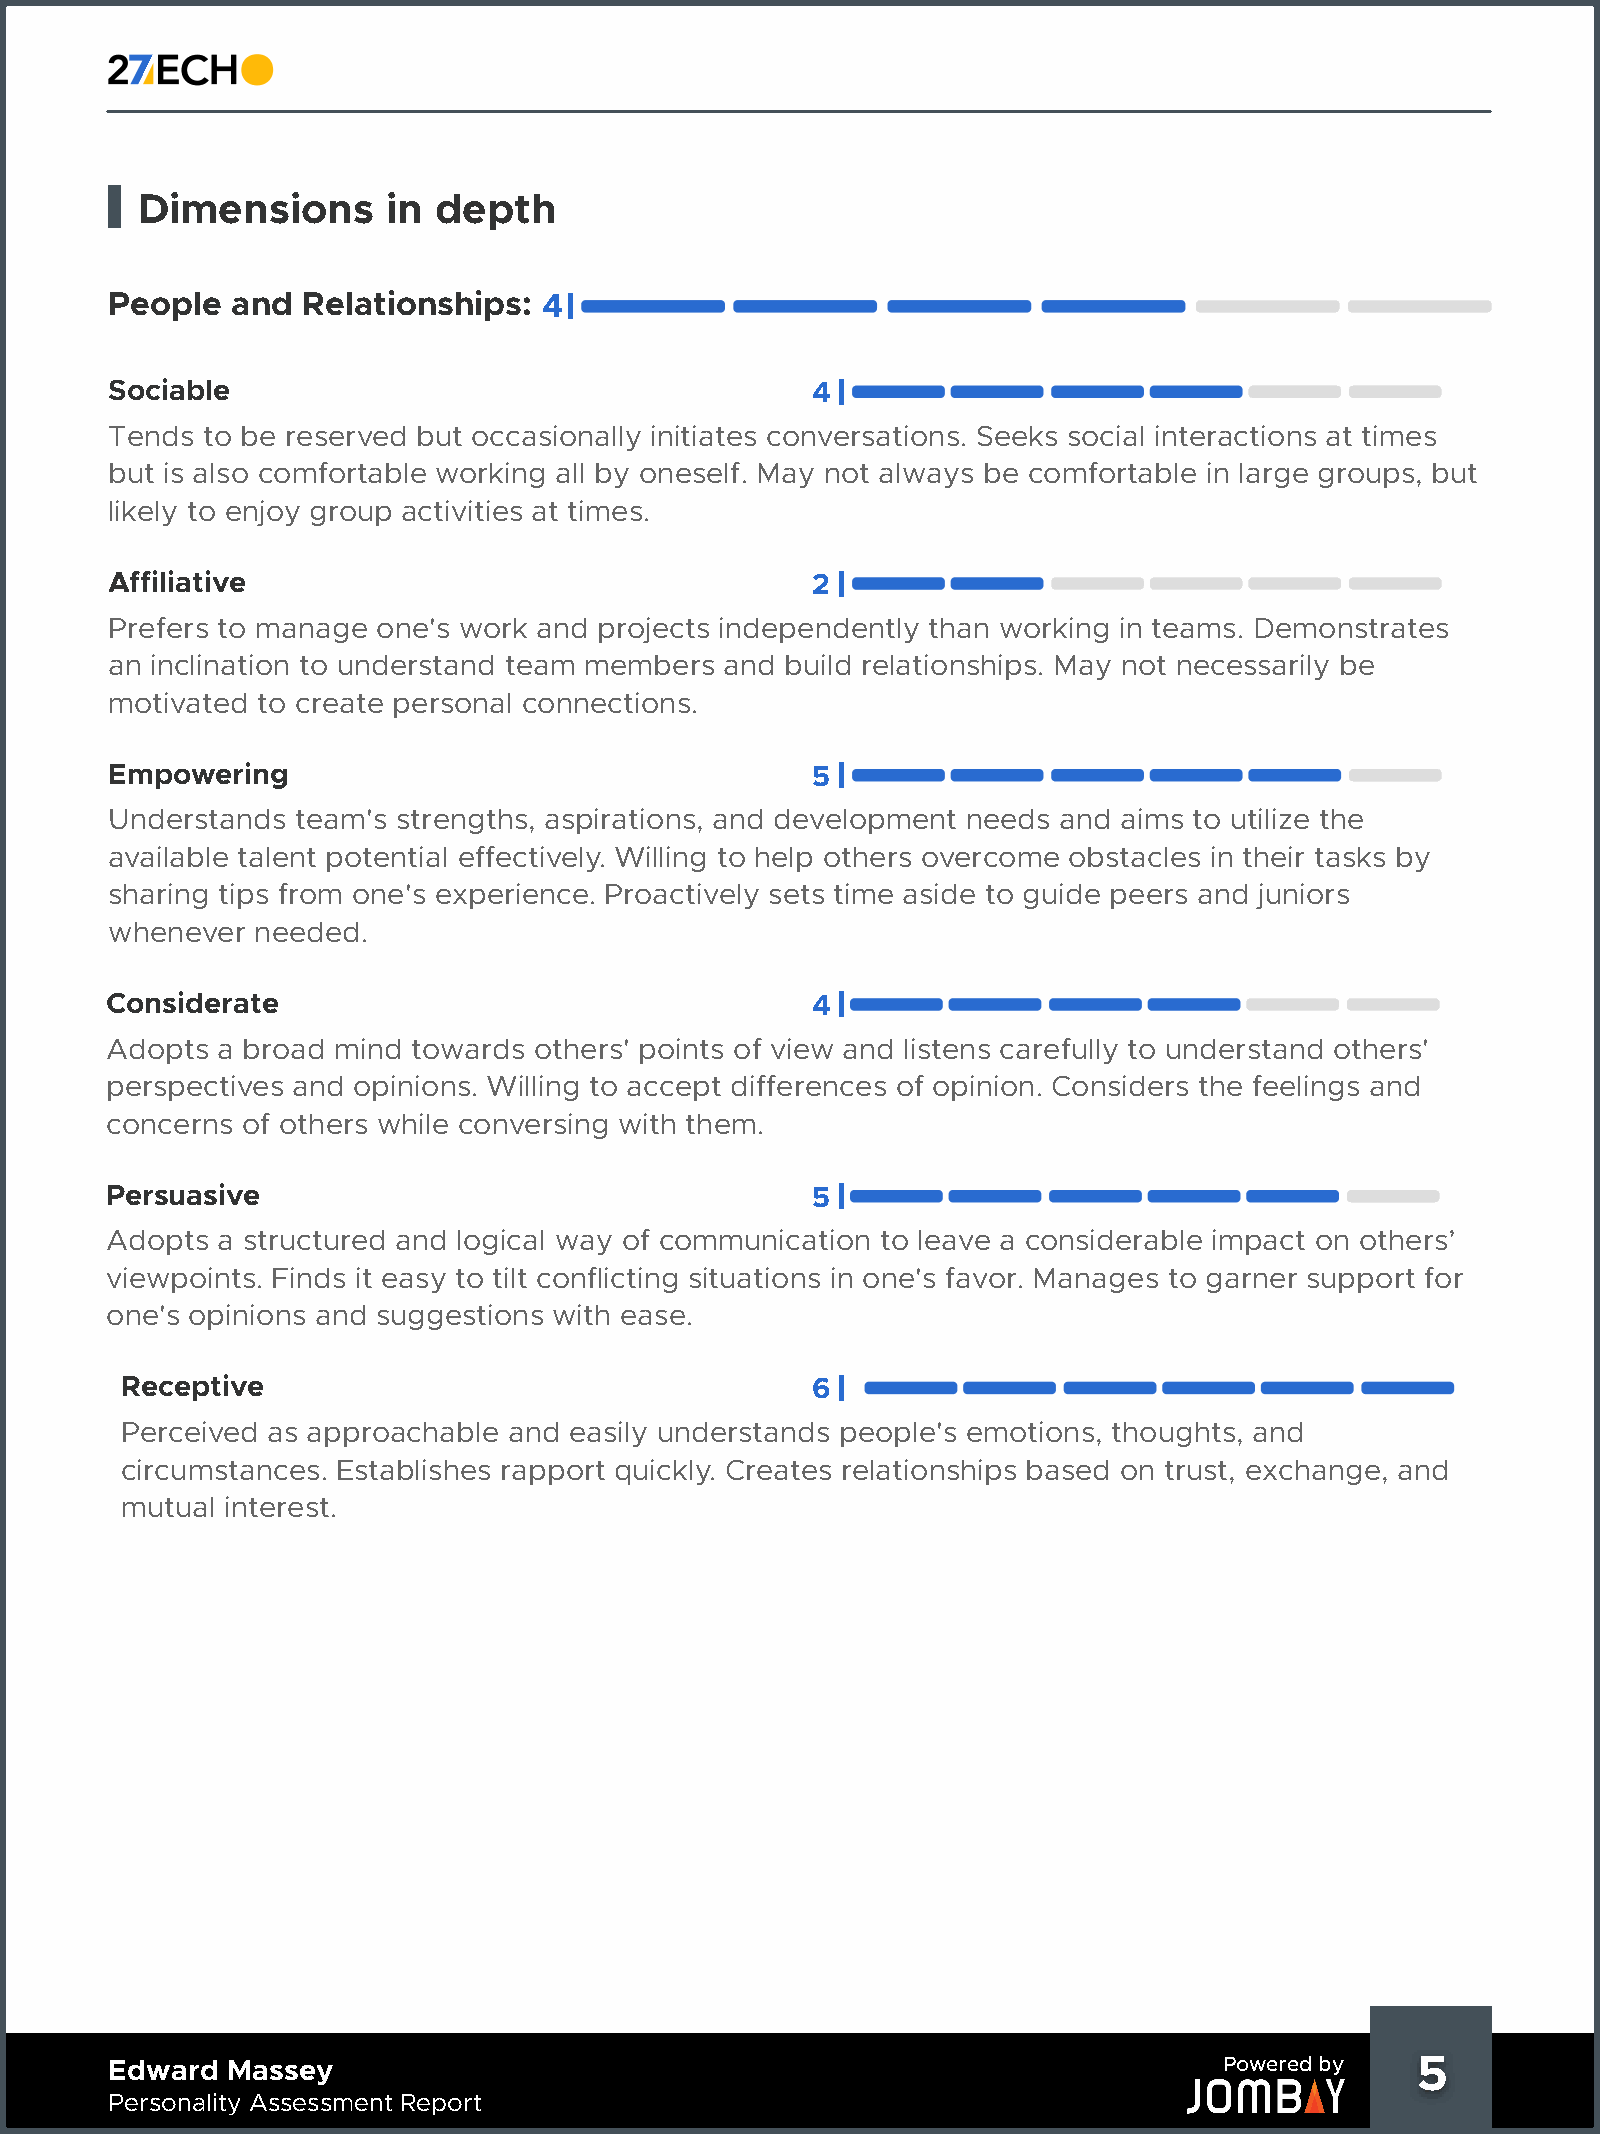
Dimensions       in depth
 People  and  Relationships:  4
 Sociable                                       4
 Tends to be reserved but occasionally initiates conversations. Seeks social interactions at times
 but is also comfortable working all by oneself. May not always be comfortable in large groups, but
 likely to enjoy group activities at times.
 Affiliative                                    2
 Prefers to manage one's work and projects independently than working in teams. Demonstrates
 an inclination to understand team members and build relationships. May not necessarily be
 motivated to create personal connections.
 Empowering                                     5
 Understands  team's strengths, aspirations, and development needs and aims to utilize the
 available talent potential effectively. Willing to help others overcome obstacles in their tasks by
 sharing tips from one's experience. Proactively sets time aside to guide peers and juniors
 whenever  needed.
 Considerate                                    4
 Adopts a broad mind towards others' points of view and listens carefully to understand others'
 perspectives and opinions. Willing to accept differences of opinion. Considers the feelings and
 concerns of others while conversing with them.
 Persuasive                                     5
 Adopts a structured and logical way of communication to leave a considerable impact on others’
 viewpoints. Finds it easy to tilt conflicting situations in one's favor. Manages to garner support for
 one's opinions and suggestions with ease.
 Receptive                                     6
 Perceived as approachable and easily understands people's emotions, thoughts, and
 circumstances. Establishes rapport quickly. Creates relationships based on trust, exchange, and
 mutual interest.
 Edward  Massey                                                            Powered by   5     5
 Personality Assessment Report